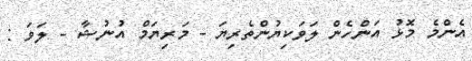
އެންމެ މޮޅު އަންހެން ލަވަކިޔުންތެރިޔަ - މަރިޔަމް އުނުޝާ - ލަވަ :